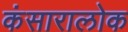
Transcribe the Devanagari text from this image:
कंसारालोक